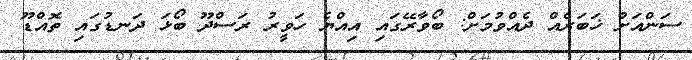
ސަންއަށް ޚަބަރެއް ދެއްވުމަށް: ބޯވާރޭގައި އިއްޔެ ހަވީރު ރަސްދޫ ބޯޅަ ދަނޑުގައި ތޮއްޑޫ